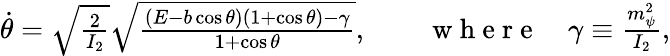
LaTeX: \begin{array}{r}{\dot{\theta}=\sqrt{\frac{2}{I_{2}}}\sqrt{\frac{(E-b\cos\theta)(1+\cos\theta)-\gamma}{1+\cos\theta}},\qquad\mathrm{~w~h~e~r~e~}\quad\gamma\equiv\frac{m_{\psi}^{2}}{I_{2}},}\end{array}